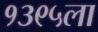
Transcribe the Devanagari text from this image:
१३९५ला